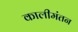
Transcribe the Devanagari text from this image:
कालीमंतन